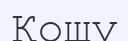
Қошу